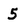
Character: 5